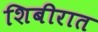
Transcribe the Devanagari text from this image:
शिबीरात